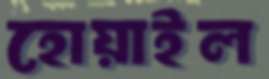
হোয়াইল